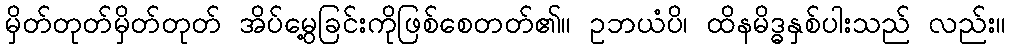
မှိတ်တုတ်မှိတ်တုတ် အိပ်မွေ့ခြင်းကိုဖြစ်စေတတ်၏။ ဥဘယံပိ၊ ထိနမိဒ္ဓနှစ်ပါးသည် လည်း။